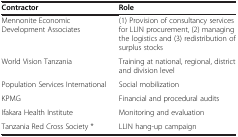
<table><thead><tr><td><b>Contractor</b></td><td><b>Role</b></td></tr></thead><tbody><tr><td>Mennonite Economic Development Associates</td><td>(1) Provision of consultancy services for LLIN procurement, (2) managing the logistics and (3) redistribution of surplus stocks</td></tr><tr><td>World Vision Tanzania</td><td>Training at national, regional, district and division level</td></tr><tr><td>Population Services International</td><td>Social mobilization</td></tr><tr><td>KPMG</td><td>Financial and procedural audits</td></tr><tr><td>Ifakara Health Institute</td><td>Monitoring and evaluation</td></tr><tr><td>Tanzania Red Cross Society *</td><td>LLIN hang-up campaign</td></tr></tbody></table>